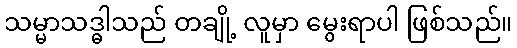
သမ္မာသဒ္ဓါသည် တချို့ လူမှာ မွေးရာပါ ဖြစ်သည်။